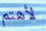
لأهتم